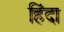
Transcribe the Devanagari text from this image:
हिंदा